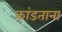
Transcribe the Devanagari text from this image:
कांडताना